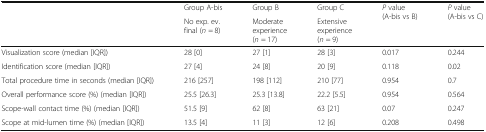
<table><thead><tr><td rowspan="2"></td><td><b>Group A-bis</b></td><td><b>Group B</b></td><td><b>Group C</b></td><td rowspan="2"><b><i>P</i> value (A-bis vs B)</b></td><td rowspan="2"><b><i>P</i> value (A-bis vs C)</b></td></tr><tr><td><b>No exp. ev. final (<i>n</i> = 8)</b></td><td><b>Moderate experience (<i>n</i> = 17)</b></td><td><b>Extensive experience (<i>n</i> = 9)</b></td></tr></thead><tbody><tr><td>Visualization score (median [IQR])</td><td>28 [0]</td><td>27 [1]</td><td>28 [3]</td><td>0.017</td><td>0.244</td></tr><tr><td>Identification score (median [IQR])</td><td>27 [4]</td><td>24 [8]</td><td>20 [9]</td><td>0.118</td><td>0.02</td></tr><tr><td>Total procedure time in seconds (median [IQR])</td><td>216 [257]</td><td>198 [112]</td><td>210 [77]</td><td>0.954</td><td>0.7</td></tr><tr><td>Overall performance score (%) (median [IQR])</td><td>25.5 [26.3]</td><td>25.3 [13.8]</td><td>22.2 [5.5]</td><td>0.954</td><td>0.564</td></tr><tr><td>Scope-wall contact time (%) (median [IQR])</td><td>51.5 [9]</td><td>62 [8]</td><td>63 [21]</td><td>0.07</td><td>0.247</td></tr><tr><td>Scope at mid-lumen time (%) (median [IQR])</td><td>13.5 [4]</td><td>11 [3]</td><td>12 [6]</td><td>0.208</td><td>0.498</td></tr></tbody></table>